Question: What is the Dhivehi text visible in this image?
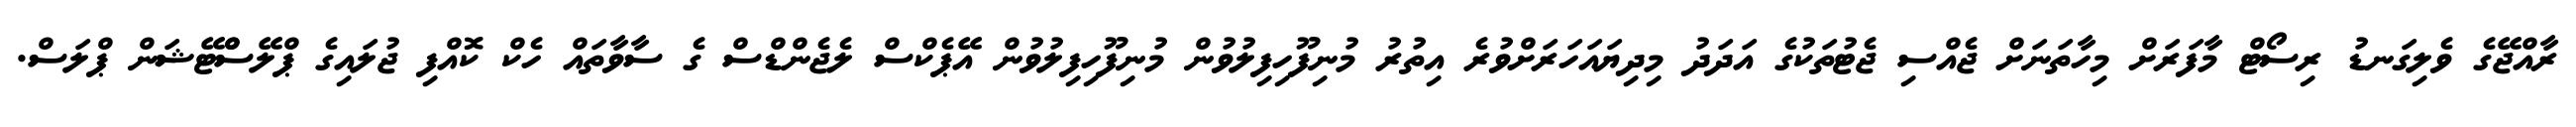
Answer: ރާއްޖޭގެ ވެލިގަނޑު ރިސޯޓް މާފަރަށް މިހާތަނަށް ޖެއްސި ޖެޓުތަކުގެ އަދަދު މިދިޔައަހަރަށްވުރެ އިތުރު މުނިފޫހިފިލުވުން މުނިފޫހިފިލުވުން އޭޕެކްސް ލެޖެންޑްސް ގެ ސާވާތައް ހެކް ކޮއްފި ޖުލައިގެ ޕްލޭސްްޓޭޝަން ޕްލަސް.